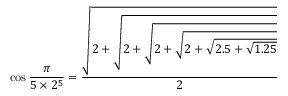
\cos { \frac { \pi } { 5 \times 2 ^ { 5 } } } = { \frac { \sqrt { 2 + { \sqrt { 2 + { \sqrt { 2 + { \sqrt { 2 + { \sqrt { 2 . 5 + { \sqrt { 1 . 2 5 } } } } } } } } } } } } { 2 } }